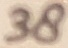
Text: 38